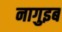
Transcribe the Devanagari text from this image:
नागुइब